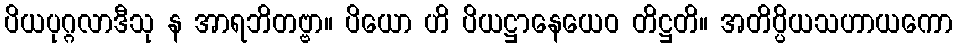
ပိယပုဂ္ဂလာဒီသု န အာရဘိတဗ္ဗာ။ ပိယော ဟိ ပိယဋ္ဌာနေယေဝ တိဋ္ဌတိ။ အတိပ္ပိယသဟာယကော